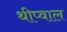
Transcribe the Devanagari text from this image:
थीप्वाल